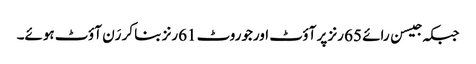
جبکہ جیسن رائے 65 رنز پر آؤٹ اورجوروٹ 61رنز بنا کر رَن آؤٹ ہوئے۔